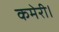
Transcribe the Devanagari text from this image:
कमेरी।